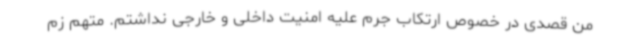
من قصدی در خصوص ارتکاب جرم علیه امنیت داخلی و خارجی نداشتم. متهم زم